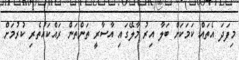
މިފަދަ އެތައް ކަމަކަށް ބަލާ އިރު މާލޭގައި އާސާރީ ތަންތަން ރައްކައުތެރި ކުރުމަށް